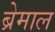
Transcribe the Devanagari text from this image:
ब्रेमाल